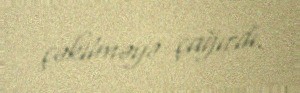
çəkilməyə çağırdı.